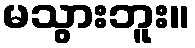
မသွားဘူး။